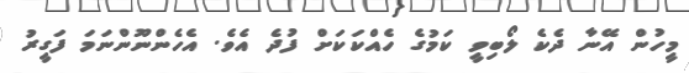
މީހުން އޭނާ ދެކެ ލޯބިވީ ކަމުގެ ހެއްކަކަށް ފުދެ އެވެ. އެހެންނޫންނަމަ ފަގީރު